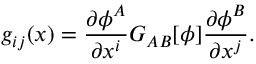
g _ { i j } ( x ) = \frac { \partial \phi ^ { A } } { \partial x ^ { i } } G _ { A B } [ \phi ] \frac { \partial \phi ^ { B } } { \partial x ^ { j } } .